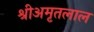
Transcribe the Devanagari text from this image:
श्रीअमृतलाल